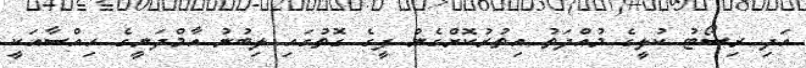
އަދި ރިސޯޓު ކުލީގެ މުއްދަތު އިތުރުކޮށްގެން ފީގެ ގޮތުގައި ލިބުނު އާމްދަނީގެ ހިއްސާއަކީ